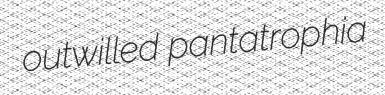
outwilled pantatrophia